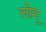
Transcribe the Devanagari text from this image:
लीमू